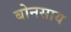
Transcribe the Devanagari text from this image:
बोनसाय